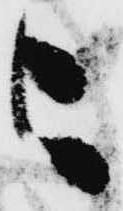
々